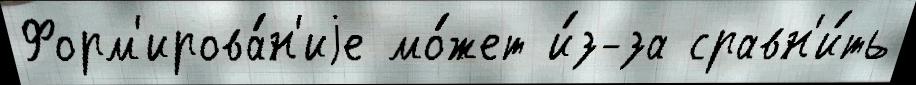
Форм'ирова́н'иjе мо́жет и́з-за сравн'и́ть